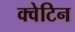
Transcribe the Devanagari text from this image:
क्वेटिन